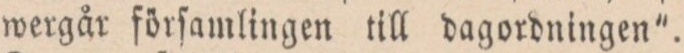
wergår förſamlingen till dagordningen”.